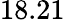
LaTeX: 18.21